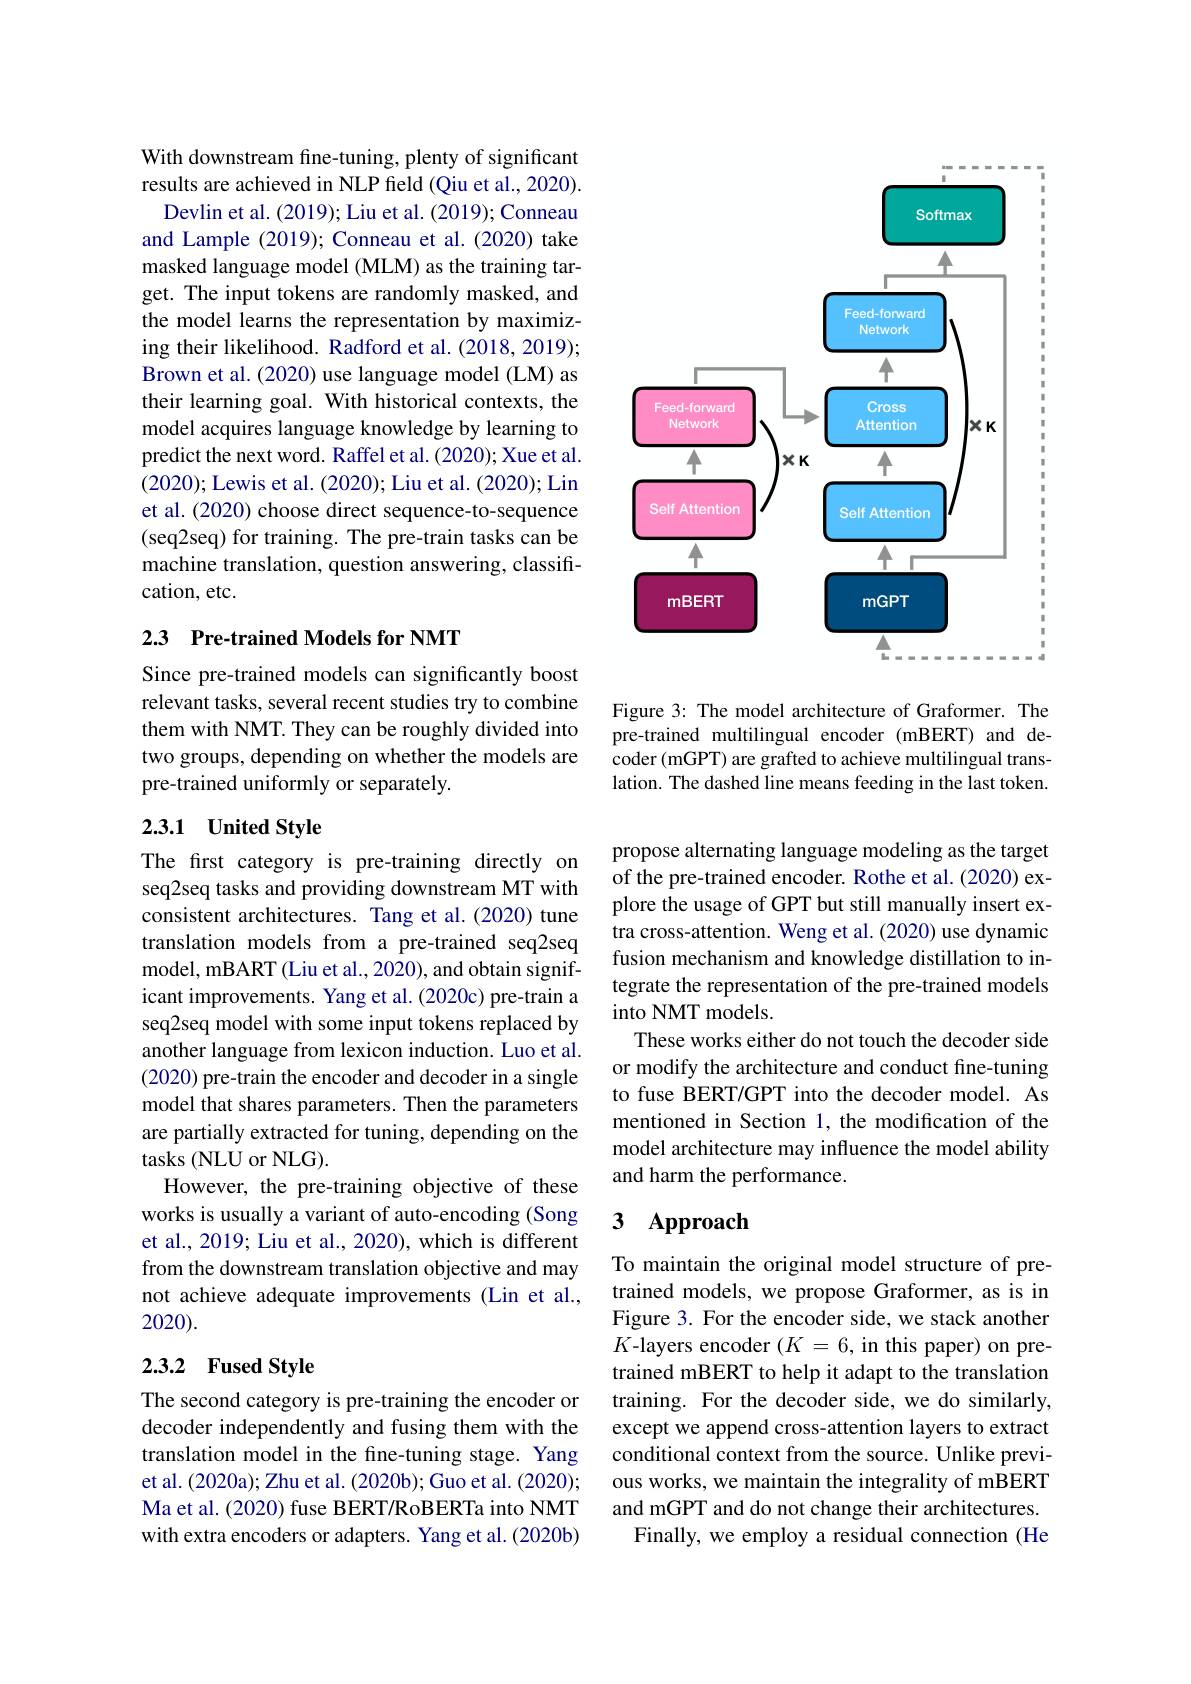
With downstream fine-tuning, plenty of significant results are achieved in NLP field (Qiu et al., 2020). Devlin et al. (2019); Liu et al. (2019); Conneau
and Lample (2019); Conneau et al.(2020) take masked language model (MLM) as the training target. The input tokens are randomly masked, and the model learns the representation by maximizing their likelihood. Radford et al. (2018, 2019); Brown et al. (2020) use language model (LM) as their learning goal. With historical contexts, the model acquires language knowledge by learning to predict the next word. Raffel et al. (2020); Xue et al. (2020); Lewis et al. (2020); Liu et al. (2020); Lin et al. (2020) choose direct sequence-to-sequence (seq2seq) for training. The pre-train tasks can be machine translation, question answering, classification, etc.

### 2.3 Pre-trained Models for NMT

Since pre-trained models can significantly boost relevant tasks, several recent studies try to combine them with NMT. They can be roughly divided into two groups, depending on whether the models are pre-trained uniformly or separately.

## 2.3.1 United Style

The first category is pre-training directly on seq2seq tasks and providing downstream MT with consistent architectures. Tang et al.(2020) tune translation models from a pre-trained seq2seq model, mBART (Liu et al., 2020), and obtain significant improvements. Yang et al.(2020c) pre-train a seq2seq model with some input tokens replaced by another language from lexicon induction. Luo et al. (2020) pre-train the encoder and decoder in a single model that shares parameters. Then the parameters are partially extracted for tuning, depending on the tasks (NLU or NLG).
However, the pre-training objective of these works is usually a variant of auto-encoding (Song et al., 2019; Liu et al., 2020), which is different from the downstream translation objective and may not achieve adequate improvements (Lin et al., 2020).

## 2.3.2 Fused Style

The second category is pre-training the encoder or decoder independently and fusing them with the translation model in the fine-tuning stage. Yang et al. (2020a); Zhu et al. (2020b); Guo et al. (2020); Ma et al. (2020) fuse BERT/RoBERTa into NMT with extra encoders or adapters. Yang et al. (2020b)

<FigureHere>

Figure 3: The model architecture of Graformer. The pre-trained multilingual encoder (mBERT) and decoder (mGPT) are grafted to achieve multilingual translation. The dashed line means feeding in the last token.

propose alternating language modeling as the target of the pre-trained encoder. Rothe et al. (2020) explore the usage of GPT but still manually insert extra cross-attention. Weng et al. (2020) use dynamic fusion mechanism and knowledge distillation to integrate the representation of the pre-trained models into NMT models.
These works either do not touch the decoder side or modify the architecture and conduct fine-tuning to fuse BERT/GPT into the decoder model. As mentioned in Section 1, the modification of the model architecture may influence the model ability and harm the performance.

# 3 Approach

To maintain the original model structure of pretrained models, we propose Graformer, as is in Figure 3. For the encoder side, we stack another $K$-layers encoder $(K=6$,in this paper) on pretrained mBERT to help it adapt to the translation training. For the decoder side, we do similarly, except we append cross-attention layers to extract conditional context from the source. Unlike previous works, we maintain the integrality of mBERT and mGPT and do not change their architectures.
Finally, we employ a residual connection (He